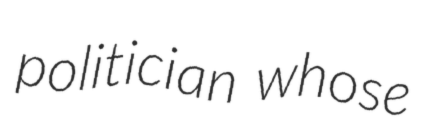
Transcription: politician whose